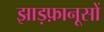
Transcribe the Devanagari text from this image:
झाड़फ़ानूसों